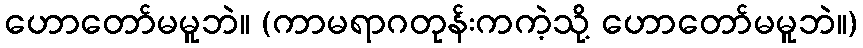
ဟောတော်မမူဘဲ။ (ကာမရာဂတုန်းကကဲ့သို့ ဟောတော်မမူဘဲ။)